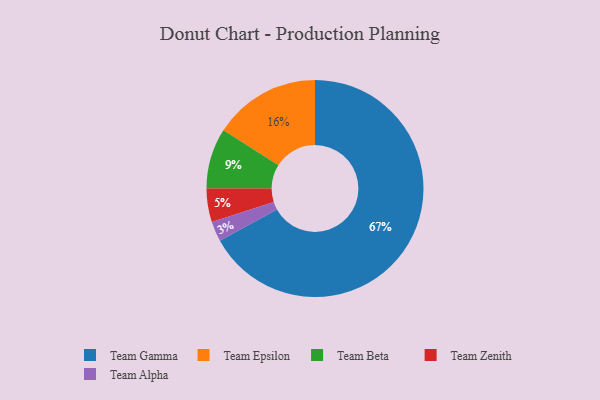
{"axis": {"x": "Category", "y": "Percentage"}, "legend": ["Team Alpha", "Team Beta", "Team Epsilon", "Team Gamma", "Team Zenith"], "data": [{"x": "Team Epsilon", "y": 16, "type": "Team Epsilon"}, {"x": "Team Beta", "y": 9, "type": "Team Beta"}, {"x": "Team Gamma", "y": 67, "type": "Team Gamma"}, {"x": "Team Alpha", "y": 3, "type": "Team Alpha"}, {"x": "Team Zenith", "y": 5, "type": "Team Zenith"}]}